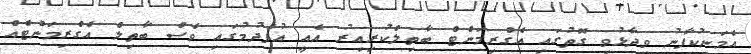
އެމަނިކުފާނު ވިދާޅުވި ގޮތުގައި އެގްރިމަންޓް ބާތިލްކުރިއިރު އެއީ އުފެދުމުގައި ވެސް ބާތިލް އެގްރިމަންޓެއް